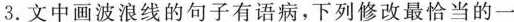
3.文中画波浪线的句子有语病，下列修改最恰当的一